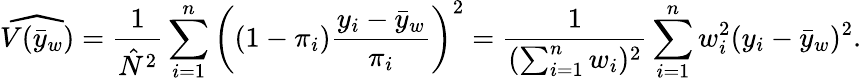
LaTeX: {\widehat{V({\bar{y}}_{w})}}={\frac{1}{{\hat{N}}^{2}}}\sum_{i=1}^{n}\left((1-\pi_{i}){\frac{y_{i}-{\bar{y}}_{w}}{\pi_{i}}}\right)^{2}={\frac{1}{(\sum_{i=1}^{n}w_{i})^{2}}}\sum_{i=1}^{n}w_{i}^{2}(y_{i}-{\bar{y}}_{w})^{2}.